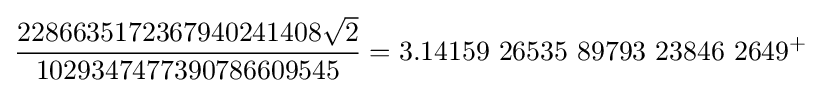
{\frac {2286635172367940241408{\sqrt {2}}}{1029347477390786609545}}=3.14159\ 26535\ 89793\ 23846\ 2649^{+}